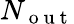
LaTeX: N_{\mathrm{~o~u~t~}}